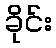
ခိုင်း